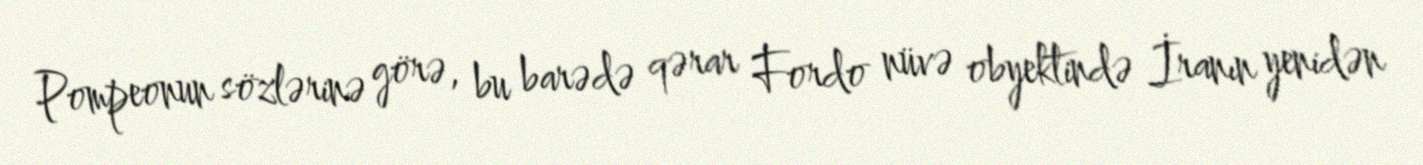
Pompeonun sözlərinə görə, bu barədə qərar Fordo nüvə obyektində İranın yenidən